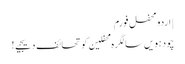
| اردو محفل فورم
چودہویں سالگرہ محفلین کو تحائف دیجیے!